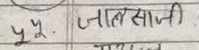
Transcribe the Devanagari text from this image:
पू. जातसाजी